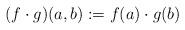
LaTeX: \begin{align*}(f\cdot g)(a,b):= f(a)\cdot g(b)\end{align*}